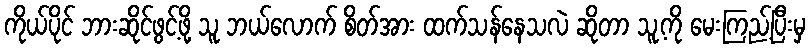
ကိုယ်ပိုင် ဘားဆိုင်ဖွင့်ဖို့ သူ ဘယ်လောက် စိတ်အား ထက်သန်နေသလဲ ဆိုတာ သူ့ကို မေးကြည့်ပြီးမှ